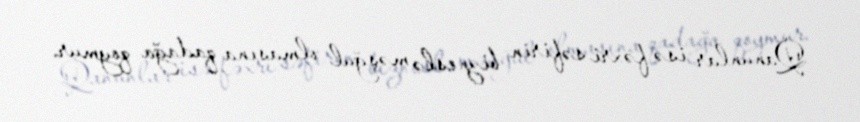
Qanunlar isə fəxri səfirin bizneslə məşğul olmasına qadağa qoymur.